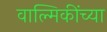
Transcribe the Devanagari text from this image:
वाल्मिकींच्या